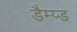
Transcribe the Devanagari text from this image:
डैम्प्ड